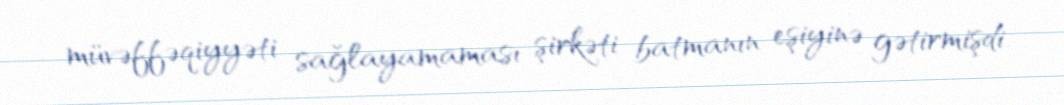
müvəffəqiyyəti sağlayamaması şirkəti batmanın eşiyinə gətirmişdi.